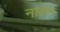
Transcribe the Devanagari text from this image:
नालम